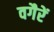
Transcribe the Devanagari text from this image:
वगैरें